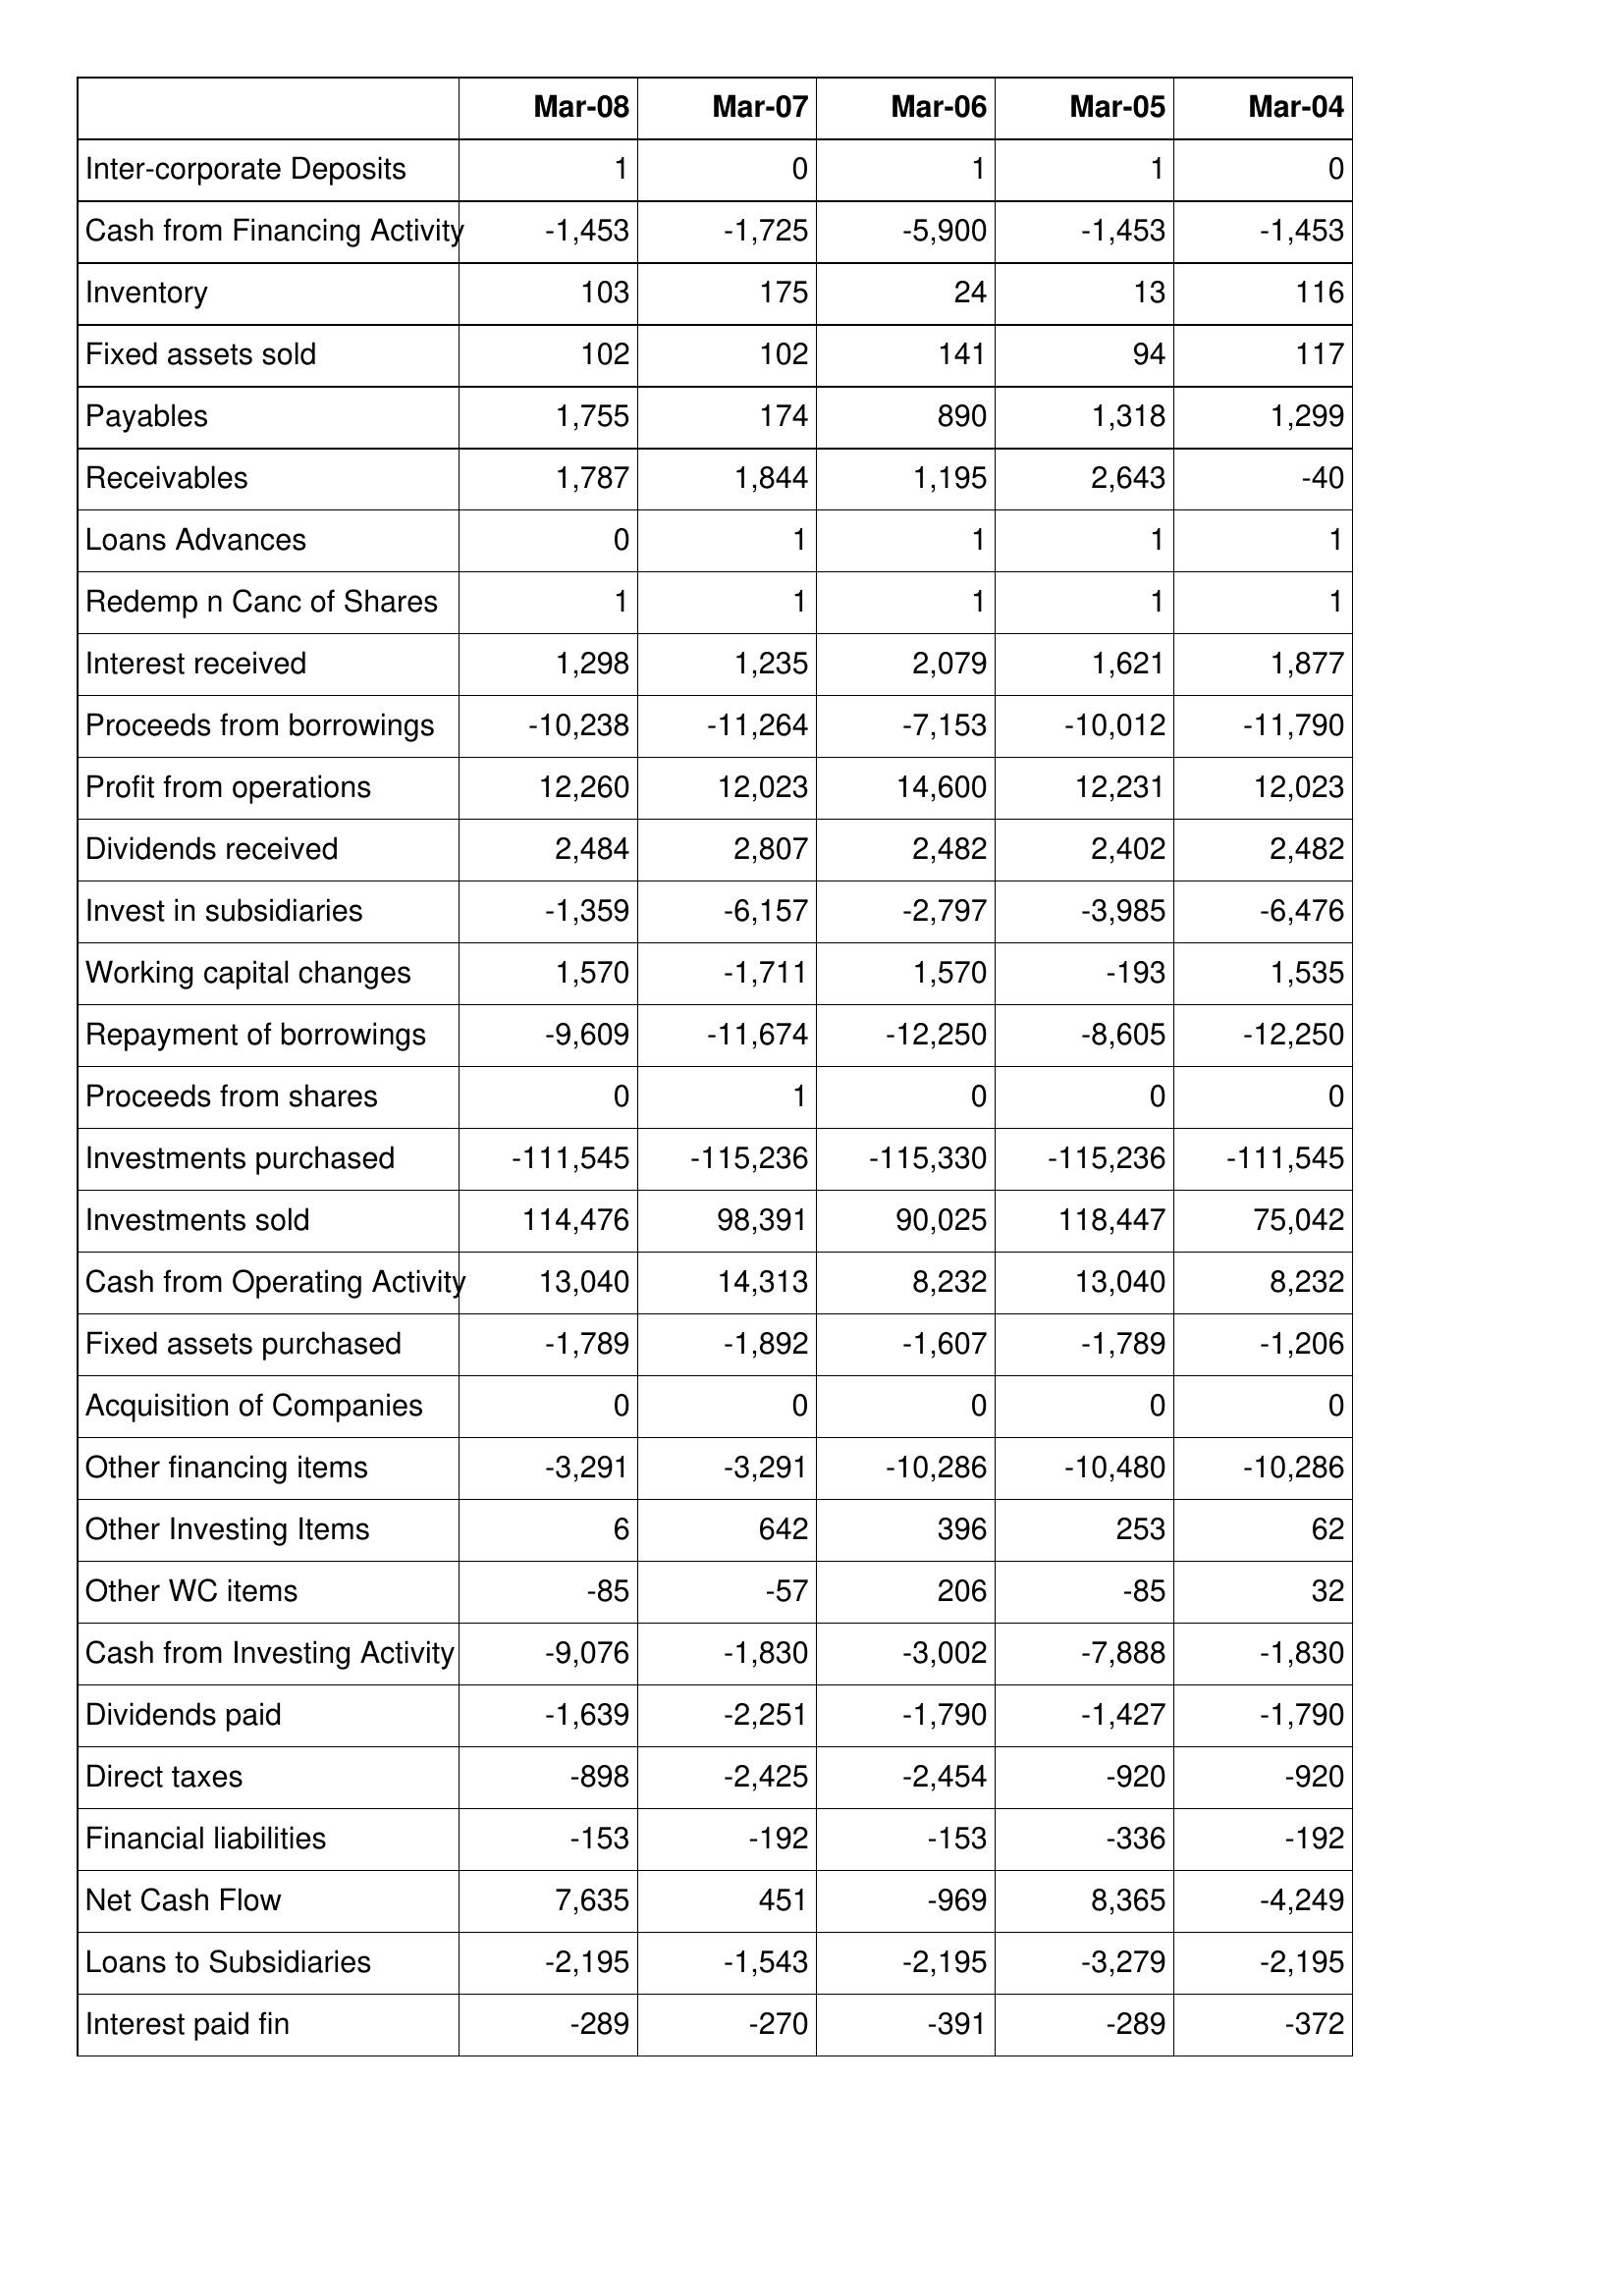
Mar-08: Cash Flows: Inter-corporate Deposits: 1
Cash from Financing Activity: -1,453
Inventory: 103
Fixed assets sold: 102
Payables: 1,755
Receivables: 1,787
Loans Advances: 0
Redemp n Canc of Shares: 1
Interest received: 1,298
Proceeds from borrowings: -10,238
Profit from operations: 12,260
Dividends received: 2,484
Invest in subsidiaries: -1,359
Working capital changes: 1,570
Repayment of borrowings: -9,609
Proceeds from shares: 0
Investments purchased: -111,545
Investments sold: 114,476
Cash from Operating Activity: 13,040
Fixed assets purchased: -1,789
Acquisition of Companies: 0
Other financing items: -3,291
Other Investing Items: 6
Other WC items: -85
Cash from Investing Activity: -9,076
Dividends paid: -1,639
Direct taxes: -898
Financial liabilities: -153
Net Cash Flow: 7,635
Loans to Subsidiaries: -2,195
Interest paid fin: -289
Mar-07: Cash Flows: Inter-corporate Deposits: 0
Cash from Financing Activity: -1,725
Inventory: 175
Fixed assets sold: 102
Payables: 174
Receivables: 1,844
Loans Advances: 1
Redemp n Canc of Shares: 1
Interest received: 1,235
Proceeds from borrowings: -11,264
Profit from operations: 12,023
Dividends received: 2,807
Invest in subsidiaries: -6,157
Working capital changes: -1,711
Repayment of borrowings: -11,674
Proceeds from shares: 1
Investments purchased: -115,236
Investments sold: 98,391
Cash from Operating Activity: 14,313
Fixed assets purchased: -1,892
Acquisition of Companies: 0
Other financing items: -3,291
Other Investing Items: 642
Other WC items: -57
Cash from Investing Activity: -1,830
Dividends paid: -2,251
Direct taxes: -2,425
Financial liabilities: -192
Net Cash Flow: 451
Loans to Subsidiaries: -1,543
Interest paid fin: -270
Mar-06: Cash Flows: Inter-corporate Deposits: 1
Cash from Financing Activity: -5,900
Inventory: 24
Fixed assets sold: 141
Payables: 890
Receivables: 1,195
Loans Advances: 1
Redemp n Canc of Shares: 1
Interest received: 2,079
Proceeds from borrowings: -7,153
Profit from operations: 14,600
Dividends received: 2,482
Invest in subsidiaries: -2,797
Working capital changes: 1,570
Repayment of borrowings: -12,250
Proceeds from shares: 0
Investments purchased: -115,330
Investments sold: 90,025
Cash from Operating Activity: 8,232
Fixed assets purchased: -1,607
Acquisition of Companies: 0
Other financing items: -10,286
Other Investing Items: 396
Other WC items: 206
Cash from Investing Activity: -3,002
Dividends paid: -1,790
Direct taxes: -2,454
Financial liabilities: -153
Net Cash Flow: -969
Loans to Subsidiaries: -2,195
Interest paid fin: -391
Mar-05: Cash Flows: Inter-corporate Deposits: 1
Cash from Financing Activity: -1,453
Inventory: 13
Fixed assets sold: 94
Payables: 1,318
Receivables: 2,643
Loans Advances: 1
Redemp n Canc of Shares: 1
Interest received: 1,621
Proceeds from borrowings: -10,012
Profit from operations: 12,231
Dividends received: 2,402
Invest in subsidiaries: -3,985
Working capital changes: -193
Repayment of borrowings: -8,605
Proceeds from shares: 0
Investments purchased: -115,236
Investments sold: 118,447
Cash from Operating Activity: 13,040
Fixed assets purchased: -1,789
Acquisition of Companies: 0
Other financing items: -10,480
Other Investing Items: 253
Other WC items: -85
Cash from Investing Activity: -7,888
Dividends paid: -1,427
Direct taxes: -920
Financial liabilities: -336
Net Cash Flow: 8,365
Loans to Subsidiaries: -3,279
Interest paid fin: -289
Mar-04: Cash Flows: Inter-corporate Deposits: 0
Cash from Financing Activity: -1,453
Inventory: 116
Fixed assets sold: 117
Payables: 1,299
Receivables: -40
Loans Advances: 1
Redemp n Canc of Shares: 1
Interest received: 1,877
Proceeds from borrowings: -11,790
Profit from operations: 12,023
Dividends received: 2,482
Invest in subsidiaries: -6,476
Working capital changes: 1,535
Repayment of borrowings: -12,250
Proceeds from shares: 0
Investments purchased: -111,545
Investments sold: 75,042
Cash from Operating Activity: 8,232
Fixed assets purchased: -1,206
Acquisition of Companies: 0
Other financing items: -10,286
Other Investing Items: 62
Other WC items: 32
Cash from Investing Activity: -1,830
Dividends paid: -1,790
Direct taxes: -920
Financial liabilities: -192
Net Cash Flow: -4,249
Loans to Subsidiaries: -2,195
Interest paid fin: -372